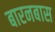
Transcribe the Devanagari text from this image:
बारनबास